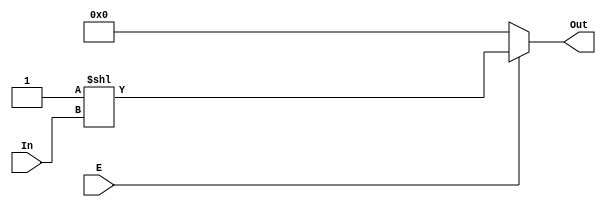
module decoder_2_4(E , In , Out);
input E;
input [1:0] In;
output [3:0] Out;
wire [3:0] Out;
assign Out = E ? 1'b1 << In : 4'h0;
endmodule

module decoder_3_8(E , In , Out);
input E;
input [2:0] In;
output [7:0] Out;
wire E1 , G1 , G2;
not u1(E1 , In[2]);
and a1(G1 , E , In[2]);
and a2(G2 , E , E1);
decoder_2_4 block1(G1 , In[1 : 0] , Out[7 : 4]);
decoder_2_4 block2(G2 , In[1 : 0] , Out[3 : 0]);
endmodule